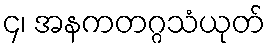
၄၊ အနကတဂ္ဂသံယုတ်